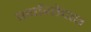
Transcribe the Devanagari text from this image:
पर्यायोदात्त